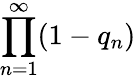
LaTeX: \prod_{n=1}^{\infty}(1-q_{n})